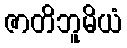
ဇာတိဘူမိယံ